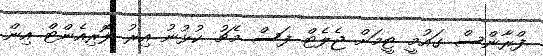
ފްރާންސް ގައުމީ ޓީމަށް ޖެލެޓް ފަސް މެޗު ކުޅުނު އިރު ލޮރިއެންޓް އިން